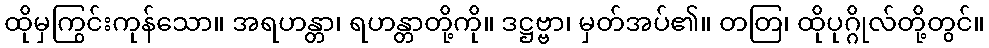
ထိုမှကြွင်းကုန်သော။ အရဟန္တာ၊ ရဟန္တာတို့ကို။ ဒဋ္ဌဗ္ဗာ၊ မှတ်အပ်၏။ တတြ၊ ထိုပုဂ္ဂိုလ်တို့တွင်။